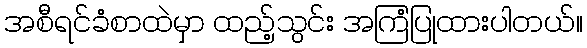
အစီရင်ခံစာထဲမှာ ထည့်သွင်း အကြံပြုထားပါတယ်။